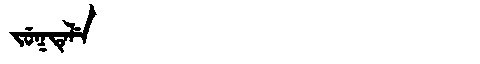
Manchu: ᠵᡠᡴᡨᡝᠯᡝ
Romanization: JUKTELE